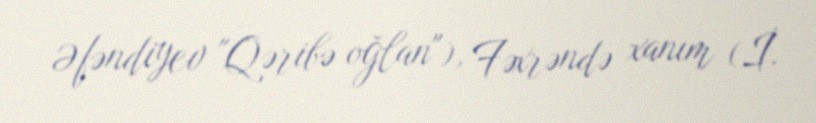
Əfəndiyev "Qəribə oğlan"), Fəxrəndə xanım (İ.